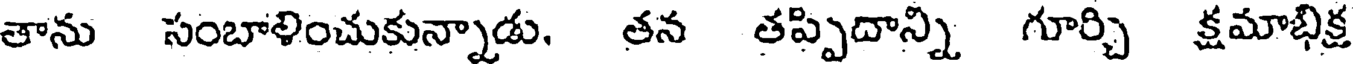
తాను సంబాళించుకున్నాడు, తన తప్పిదాన్ని గూర్చి క్షమాభిక్ష